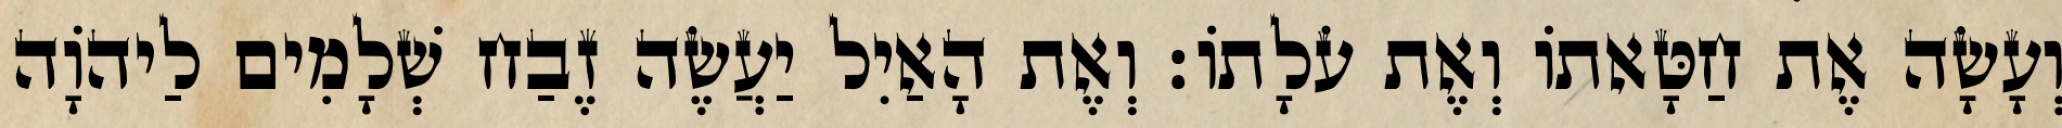
וְעָשָׂה אֶת חַטָּאתוֹ וְאֶת עֹלָתוֹ׃ וְאֶת הָאַיִל יַעֲשֶׂה זֶבַח שְׁלָמִים לַיהֹוָה